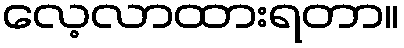
လေ့လာထားရတာ။